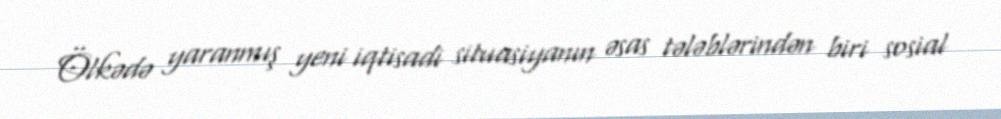
Ölkədə yaranmış yeni iqtisadi situasiyanın əsas tələblərindən biri sosial